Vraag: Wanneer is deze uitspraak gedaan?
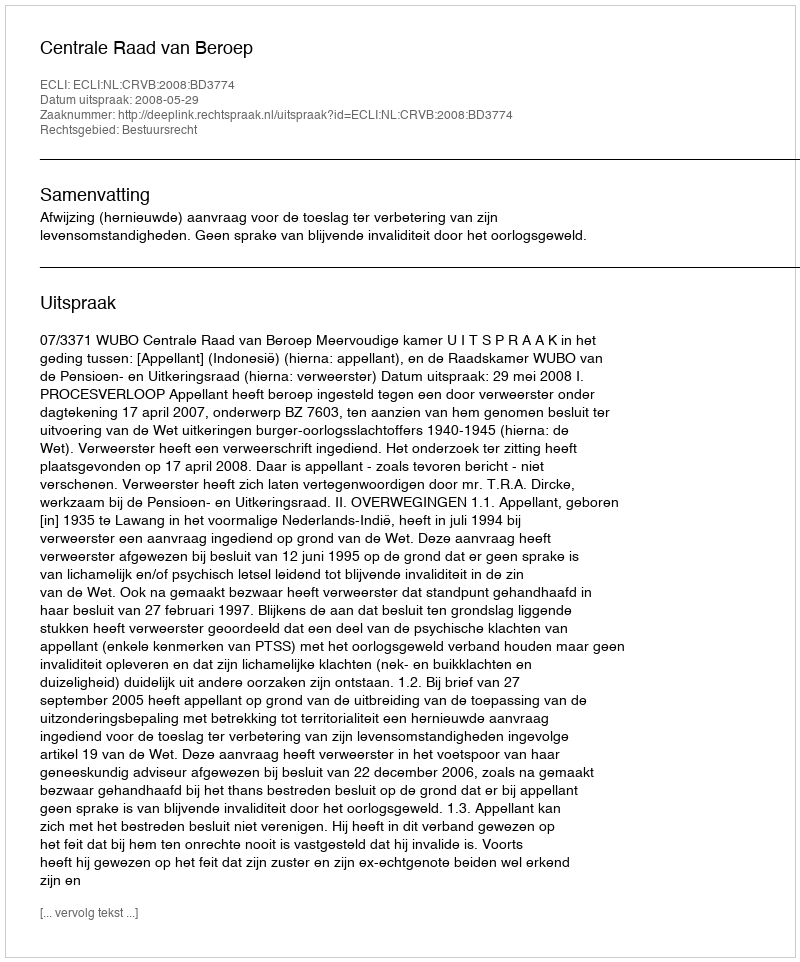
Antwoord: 2008-05-29